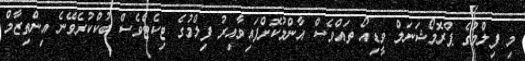
މި ފިލްމުގެ ޕްރޮމޯޝަނަލް ވީޑިއޯ ތައްވެސް އާންމުކޮށްފައިވާއިރު ފިލްމުގެ ޓިކެޓްވެސް ބުކްކުރެވޭނެ އިންތިޒާމް